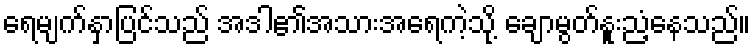
ရေမျက်နှာပြင်သည် အဒါ၏အသားအရေကဲ့သို့ ချောမွတ်နူးညံ့နေသည်။